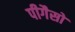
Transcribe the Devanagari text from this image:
पीगैसो